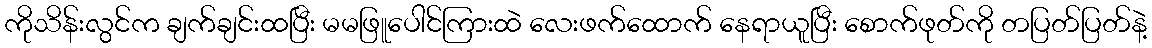
ကိုသိန်းလွင်က ချက်ချင်းထပြီး မမဖြူပေါင်ကြားထဲ လေးဖက်ထောက် နေရာယူပြီး စောက်ဖုတ်ကို တပြတ်ပြတ်နဲ့